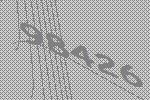
98426